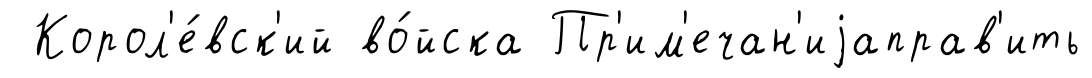
Корол'е́вск'ий во́йска Пр'им'ечан'иjаправ'ить